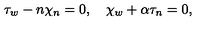
\tau _ { w } - n \chi _ { n } = 0 , \quad \chi _ { w } + \alpha \tau _ { n } = 0 ,